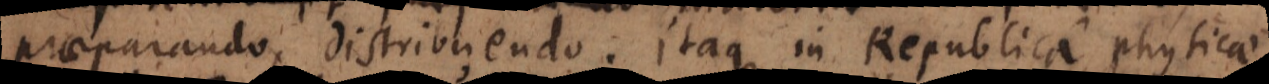
praeparando, distribuendo. Itaque in Republica maximam